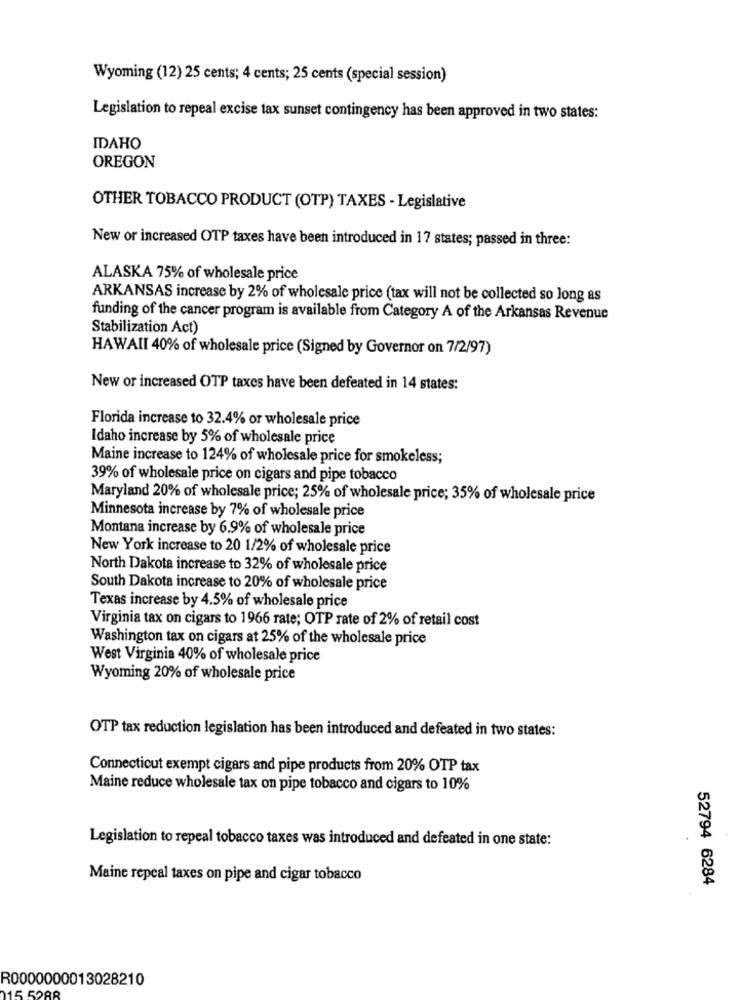
Wyoming (12) 25 cents; 4 cents; 25 cents (special session)
Legislation to repeal excise tax sunset contingency has been approved in two states:
IDAHO
OREGON
OTHER TOBACCO PRODUCT (OTP) TAXES - Legislative
New or increased OTP taxes have been introduced in 17 states; passed in three:
ALASKA 75% of wholesale price
ARKANSAS increase by 2% of wholesale price (tax will not be collected so long as
funding of the cancer program is available from Category A of the Arkansas Revenue
Stabilization Act)
HAWAII 40% of wholesale price (Signed by Governor on 7/2/97)
New or increased OTP taxes have been defeated in 14 states:
Florida increase to 32.4% or wholesale price
Idaho increase by 5% of wholesale price
Maine increase to 124% of wholesale price for smokeless;
39% of wholesale price on cigars and pipe tobacco
Maryland 20% of wholesale price; 25% of wholesale price; 35% of wholesale price
Minnesota increase by 7% of wholesale price
Montana increase by 6.9% of wholesale price
New York increase to 20 1/2% of wholesale price
North Dakota increase to 32% of wholesale price
South Dakota increase to 20% of wholesale price
Texas increase by 4.5% of wholesale price
Virginia tax on cigars to 1966 rate; OTP rate of 2% of retail cost
Washington tax on cigars at 25% of the wholesale price
West Virginia 40% of wholesale price
Wyoming 20% of wholesale price
OTP tax reduction legislation has been introduced and defeated in two states:
Connecticut exempt cigars and pipe products from 20% OTP tax
Maine reduce wholesale tax on pipe tobacco and cigars to 10%
Legislation to repeal tobacco taxes was introduced and defeated in one state:
Maine repeal taxes on pipe and cigar tobacco
52794 6284
R0000000013028210
015 5288